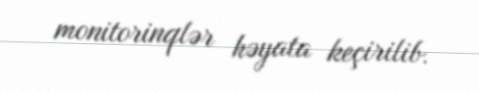
monitorinqlər həyata keçirilib.